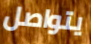
يتواصل